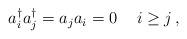
LaTeX: \begin{align*}\begin{array}{ll} a^\dagger_ia^\dagger_j=a_ja_i=0 & \,\, i\geq j\,, \\ \end{array}\end{align*}